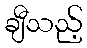
ချီသည့်